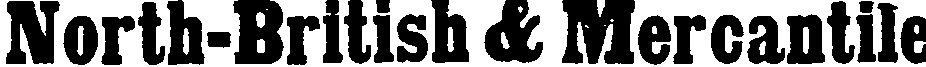
North-British & Mercantile